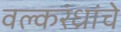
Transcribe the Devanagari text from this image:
वल्करंध्रांचे